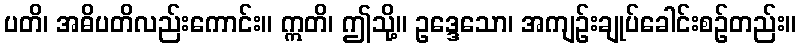
ပတိ၊ အဓိပတိလည်းကောင်း။ ဣတိ၊ ဤသို့။ ဥဒ္ဒေသော၊ အကျဉ်းချုပ်ခေါင်းစဉ်တည်း။